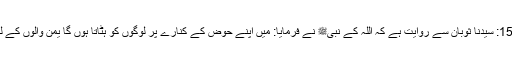
1554: سیدنا ثوبانؓ سے روایت ہے کہ اللہ کے نبیﷺ نے فرمایا: میں اپنے حوض کے کنارے پر لوگوں کو ہٹاتا ہوں گا یمن والوں کے لئے۔